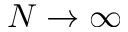
N \rightarrow \infty